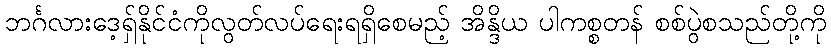
ဘင်္ဂလားဒေ့ရှ်နိုင်ငံကိုလွတ်လပ်ရေးရရှိစေမည့် အိန္ဒိယ ပါကစ္စတန် စစ်ပွဲစသည်တို့ကို